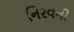
નિરવની